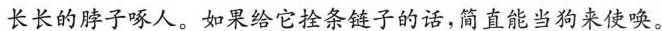
长长的脖子啄人。如果给它拴条链子的话，简直能当狗来使唤。